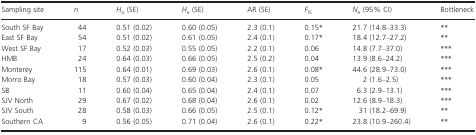
<table><thead><tr><td><b>Sampling site</b></td><td><b><i>n</i></b></td><td><b><i>H</i><sub>o</sub> (SE)</b></td><td><b><i>H</i><sub>e</sub> (SE)</b></td><td><b>AR (SE)</b></td><td><b><i>F</i><sub>IS</sub></b></td><td><b><i>N</i><sub>e</sub> (95% CI)</b></td><td><b>Bottleneck</b></td></tr></thead><tbody><tr><td>South SF Bay</td><td>44</td><td>0.51 (0.02)</td><td>0.60 (0.05)</td><td>2.3 (0.1)</td><td>0.15*</td><td>21.7 (14.8–33.3)</td><td>**</td></tr><tr><td>East SF Bay</td><td>54</td><td>0.51 (0.02)</td><td>0.61 (0.05)</td><td>2.4 (0.1)</td><td>0.17*</td><td>18.4 (12.7–27.2)</td><td>**</td></tr><tr><td>West SF Bay</td><td>17</td><td>0.52 (0.03)</td><td>0.55 (0.05)</td><td>2.2 (0.1)</td><td>0.06</td><td>14.8 (7.7–37.0)</td><td>***</td></tr><tr><td>HMB</td><td>24</td><td>0.64 (0.03)</td><td>0.66 (0.05)</td><td>2.5 (0.2)</td><td>0.04</td><td>13.9 (8.6–24.2)</td><td>***</td></tr><tr><td>Monterey</td><td>115</td><td>0.64 (0.01)</td><td>0.69 (0.03)</td><td>2.6 (0.1)</td><td>0.08*</td><td>44.6 (28.9–73.0)</td><td>***</td></tr><tr><td>Morro Bay</td><td>18</td><td>0.57 (0.03)</td><td>0.60 (0.04)</td><td>2.3 (0.1)</td><td>0.05</td><td>2 (1.6–2.5)</td><td>***</td></tr><tr><td>SB</td><td>11</td><td>0.60 (0.04)</td><td>0.65 (0.04)</td><td>2.4 (0.1)</td><td>0.07</td><td>6.3 (2.9–13.1)</td><td>***</td></tr><tr><td>SJV North</td><td>29</td><td>0.67 (0.02)</td><td>0.68 (0.04)</td><td>2.6 (0.1)</td><td>0.02</td><td>12.6 (8.9–18.3)</td><td>***</td></tr><tr><td>SJV South</td><td>28</td><td>0.58 (0.03)</td><td>0.66 (0.05)</td><td>2.5 (0.1)</td><td>0.12*</td><td>31 (18.2–69.9)</td><td>**</td></tr><tr><td>Southern CA</td><td>9</td><td>0.56 (0.05)</td><td>0.71 (0.04)</td><td>2.6 (0.1)</td><td>0.22*</td><td>23.8 (10.9–260.4)</td><td>**</td></tr></tbody></table>